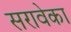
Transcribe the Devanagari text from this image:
सरावेका